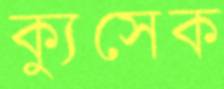
ক্যুসেক